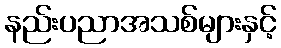
နည်းပညာအသစ်များနှင့်